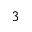
3